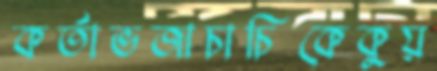
কর্তাভজাচাচিকেকুয়